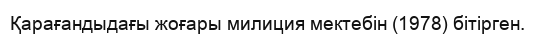
Қарағандыдағы жоғары милиция мектебін (1978) бітірген.